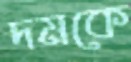
দমকে